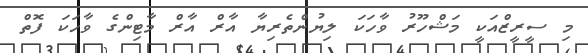
މި ސީރީޒްއަކީ މަޝްހޫރު ވާހަކަ ލިޔުންތެރިޔާ އާރް އާރް މާޓިންގެ ވާހަކަ ފޮތް